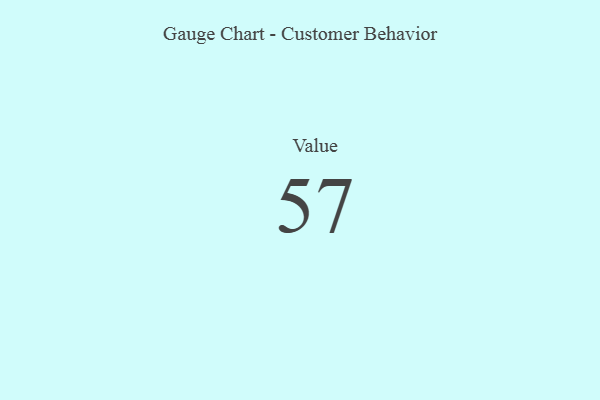
{"axis": {"x": "Metric", "y": "Value"}, "legend": [""], "data": [{"x": "Value", "y": 57, "type": ""}]}